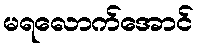
မရလောက်အောင်